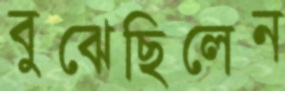
বুঝেছিলেন